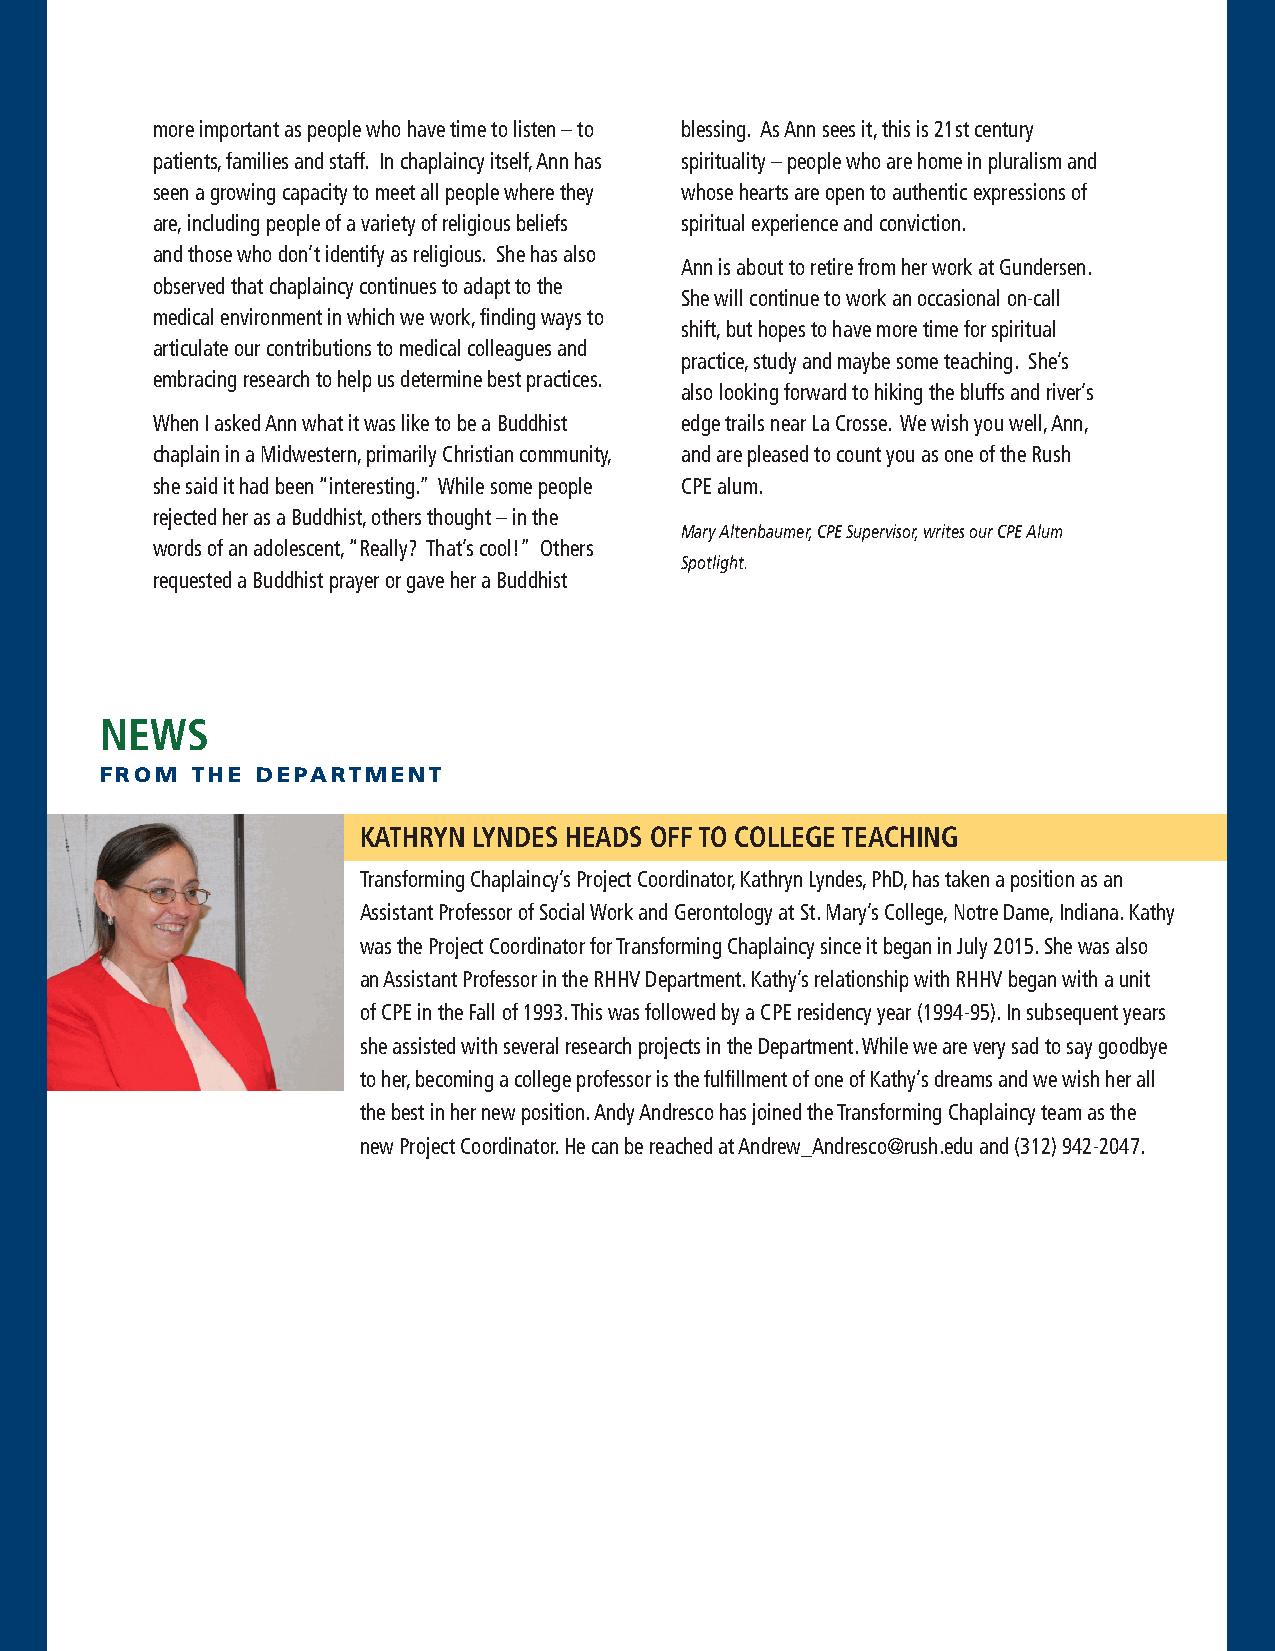
more important as people who have time to listen – to blessing. As Ann sees it, this is 21st century
 patients, families and staff. In chaplaincy itself, Ann has spirituality – people who are home in pluralism and
 seen a growing capacity to meet all people where they whose hearts are open to authentic expressions of
 are, including people of a variety of religious beliefs spiritual experience and conviction.
 and those who don’t identify as religious. She has also
 Ann is about to retire from her work at Gundersen.
 observed that chaplaincy continues to adapt to the
 She will continue to work an occasional on-call
 medical environment in which we work, finding ways to
 shift, but hopes to have more time for spiritual
 articulate our contributions to medical colleagues and
 practice, study and maybe some teaching. She’s
 embracing research to help us determine best practices.
 also looking forward to hiking the bluffs and river’s
 When I asked Ann what it was like to be a Buddhist edge trails near La Crosse. We wish you well, Ann,
 chaplain in a Midwestern, primarily Christian community, and are pleased to count you as one of the Rush
 she said it had been “interesting.” While some people CPE alum.
 rejected her as a Buddhist, others thought – in the
 Mary Altenbaumer, CPE Supervisor, writes our CPE Alum
 words of an adolescent, “Really? That’s cool!” Others
 Spotlight.
 requested a Buddhist prayer or gave her a Buddhist
 NEWS
 FROM  THE DEPARTMENT
 KATHRYN LYNDES HEADS OFF TO COLLEGE TEACHING
 Transforming Chaplaincy’s Project Coordinator, Kathryn Lyndes, PhD, has taken a position as an
 Assistant Professor of Social Work and Gerontology at St. Mary’s College, Notre Dame, Indiana. Kathy
 was the Project Coordinator for Transforming Chaplaincy since it began in July 2015. She was also
 an Assistant Professor in the RHHV Department. Kathy’s relationship with RHHV began with a unit
 of CPE in the Fall of 1993. This was followed by a CPE residency year (1994-95). In subsequent years
 she assisted with several research projects in the Department. While we are very sad to say goodbye
 to her, becoming a college professor is the fulfillment of one of Kathy’s dreams and we wish her all
 the best in her new position. Andy Andresco has joined the Transforming Chaplaincy team as the
 new Project Coordinator. He can be reached at Andrew_Andresco@rush.edu and (312) 942-2047.